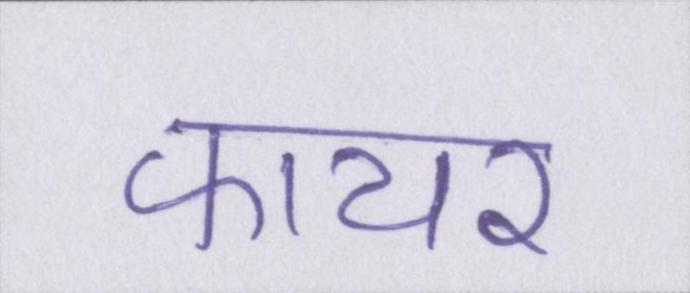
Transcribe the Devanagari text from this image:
फायर